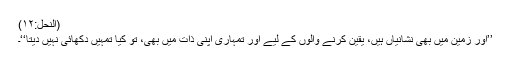
(النحل:۱۲)
’’اور زمین میں بھی نشانیاں ہیں، یقین کرنے والوں کے لیے اور تمہاری اپنی ذات میں بھی، تو کیا تمہیں دکھائی نہیں دیتا‘‘۔